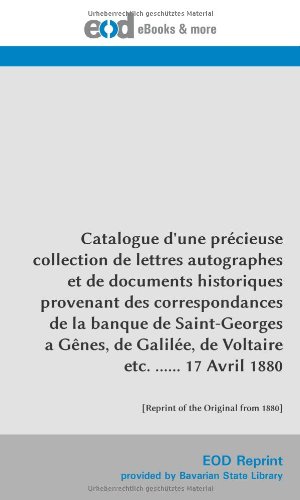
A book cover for Catalogue d'une prÃ©cieuse collection de lettres autographes et de documents historiques provenant des correspondances de la banque de Saint-Georges a ... of the Original from 1880] (French Edition); Unknown Contributor; Crafts, Hobbies & Home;